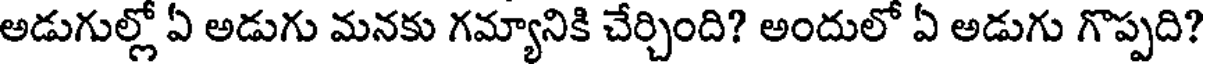
అడుగుల్లో ఏ అడుగు మనకు గమ్యానికి చేర్చింది? అందులో ఏ అడుగు గొప్పది?